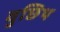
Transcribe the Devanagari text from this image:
वुछिथ